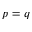
p = q